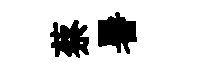
蔡暑